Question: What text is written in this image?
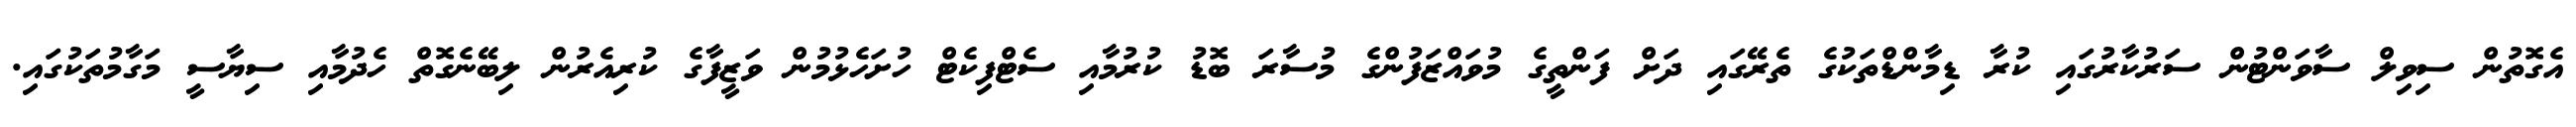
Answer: އެގޮތުން ސިވިލް ސާވަންޓުން ސަރުކާރުގައި ކުރާ ޑިމާންޑްތަކުގެ ތެރޭގައި ދަށް ފަންތީގެ މުވައްޒަފުންގެ މުސާރަ ބޮޑު ކުރުމާއި ސެޓްފިކެޓް ހުށަހެޅުމުން ވަޒީފާގެ ކުރިއެރުން ލިބޭނެގޮތް ހެދުމާއި ސިޔާސީ މަގާމުތަކުގައި.